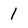
Character: 1